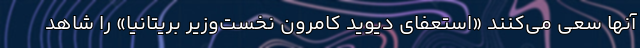
آنها سعی می‌کنند «استعفای دیوید کامرون نخست‌وزیر بریتانیا» را شاهد